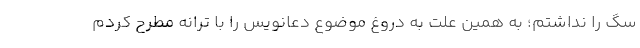
سگ را نداشتم؛ به همین علت به دروغ موضوع دعانویس را با ترانه مطرح کردم